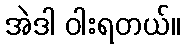
အဲဒါ ဝါးရတယ်။